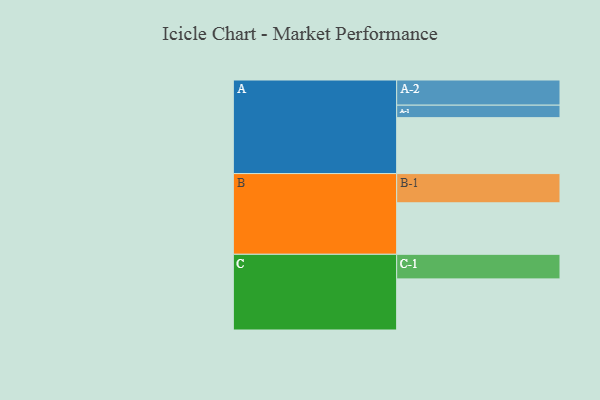
{"axis": {"x": "Segment", "y": "Value"}, "legend": ["", "A", "B", "C"], "data": [{"x": "A", "y": 569, "type": ""}, {"x": "B", "y": 524, "type": ""}, {"x": "C", "y": 520, "type": ""}, {"x": "A-1", "y": 127, "type": "A"}, {"x": "A-2", "y": 256, "type": "A"}, {"x": "B-1", "y": 297, "type": "B"}, {"x": "C-1", "y": 250, "type": "C"}]}